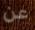
عن